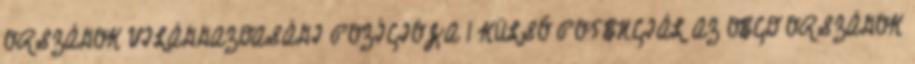
ORSZÁGOK VILÁGGAZDASÁGI POZÍCIÓJA 1 KÜLSŐ POTENCIÁL AZ OECD ORSZÁGOK